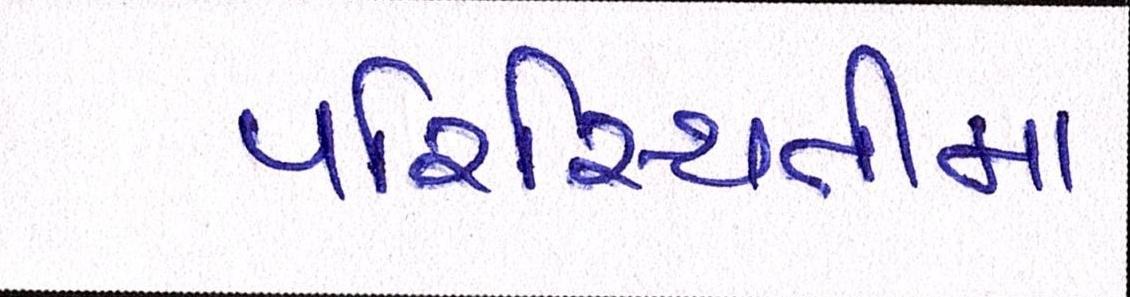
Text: પરિસ્થિતીમા